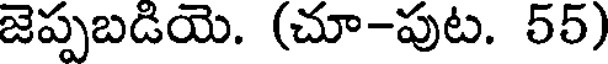
జెప్పబడియె. (చూ-పుట. 55)